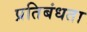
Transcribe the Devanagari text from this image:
प्रतिबंधता